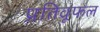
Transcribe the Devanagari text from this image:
प्रतिवूफल